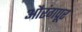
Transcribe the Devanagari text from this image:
औरंगपूर